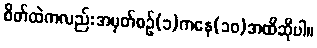
စိတ်ထဲကလည်းအမှတ်စဉ်(၁)ကနေ(၁၀)အထိဆိုပါ။